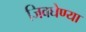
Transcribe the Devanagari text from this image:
जिवघेण्या